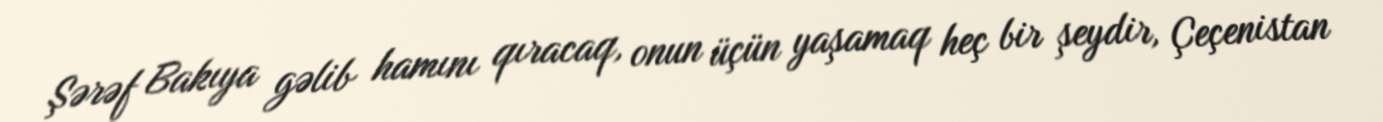
Şərəf Bakıya gəlib hamını qıracaq, onun üçün yaşamaq heç bir şeydir, Çeçenistan